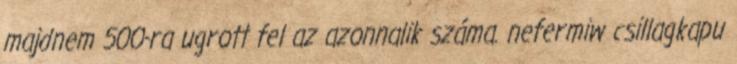
majdnem 500-ra ugrott fel az azonnalik száma. nefermiw csillagkapu